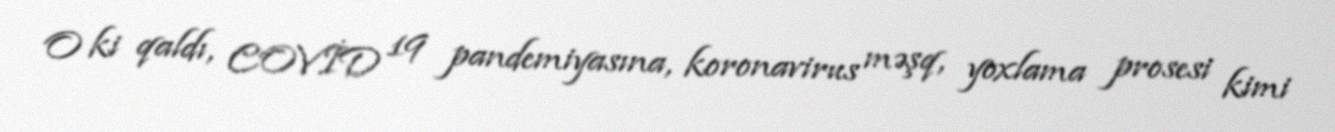
O ki qaldı, COVİD 19 pandemiyasına, koronavirus məşq, yoxlama prosesi kimi